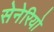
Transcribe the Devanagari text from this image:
सेनेरियो